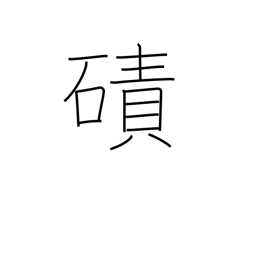
Meaning: expanse of sand